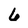
Character: 6